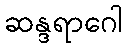
ဆန္ဒရာဂေါ